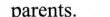
parents.